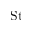
\mathrm { S t }